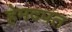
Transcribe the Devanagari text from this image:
हेमदपंत